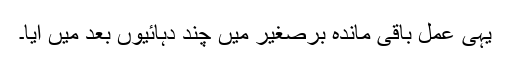
یہی عمل باقی ماندہ برصغیر میں چند دہائیوں بعد میں آیا۔